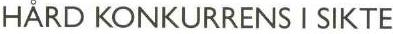
HÅRD KONKURRENS I SIKTE